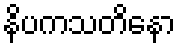
နိပကသတိနော